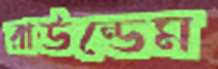
রাউন্ডেম